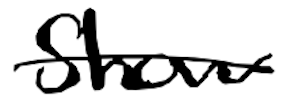
Text: show
Cross-out: single-line
Writing tool: digital_black